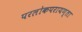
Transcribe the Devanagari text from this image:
परलोकपरायण्ता